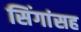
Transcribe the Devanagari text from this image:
सिंगांसह